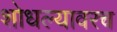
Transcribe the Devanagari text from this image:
शोधल्यावरच